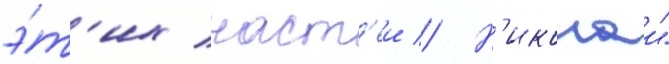
э́т'их част'еи // Н'иколаи"